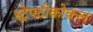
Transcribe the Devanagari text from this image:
स्ट्रेपटोकोकल